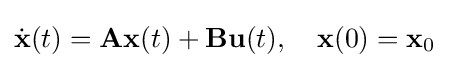
{\dot {\mathbf {x} }}(t)=\mathbf {A} \mathbf {x} (t)+\mathbf {B} \mathbf {u} (t),\quad \mathbf {x} (0)=\mathbf {x} _{0}